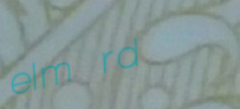
elm rd